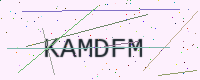
Text: KAMDFM